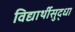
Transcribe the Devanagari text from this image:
विद्यार्थीसुद्धा